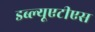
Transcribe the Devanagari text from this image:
डब्ल्यूएटीएस